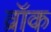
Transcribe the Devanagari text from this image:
व्रॉक